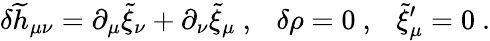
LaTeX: \delta{\widetilde h}_{\mu\nu}=\partial_{\mu}{\widetilde\xi}_{\nu}+\partial_{\nu}{\widetilde\xi}_{\mu}~,~~~\delta\rho=0~,~~~{\widetilde\xi}_{\mu}^{\prime}=0~.